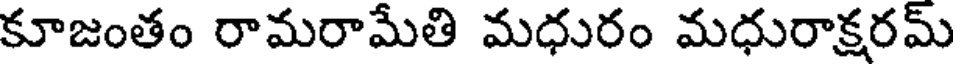
కూజంతం రామరామేతి మధురం మధురాక్షరమ్